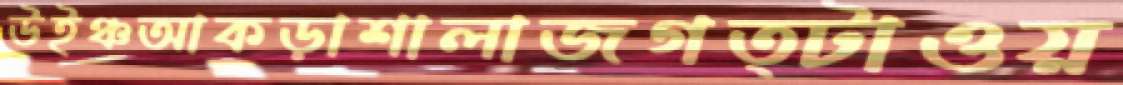
উইঞ্চআকড়াশালাজগত্টাওয়